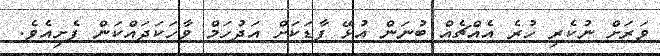
ވަރަށް ނުކެރި ހުރެ އެއްޗެއް ބުނަން އުޅޭ ފާޑަކަށް އަދުހަމް ވާހަކަދައްކަން ފެށިއެވެ.